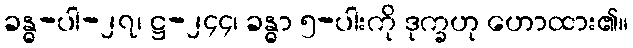
ခန္ဓ-ပါ-၂၇၊ ဋ္ဌ-၂၄၄၊ ခန္ဓာ ၅-ပါးကို ဒုက္ခဟု ဟောထား၏။